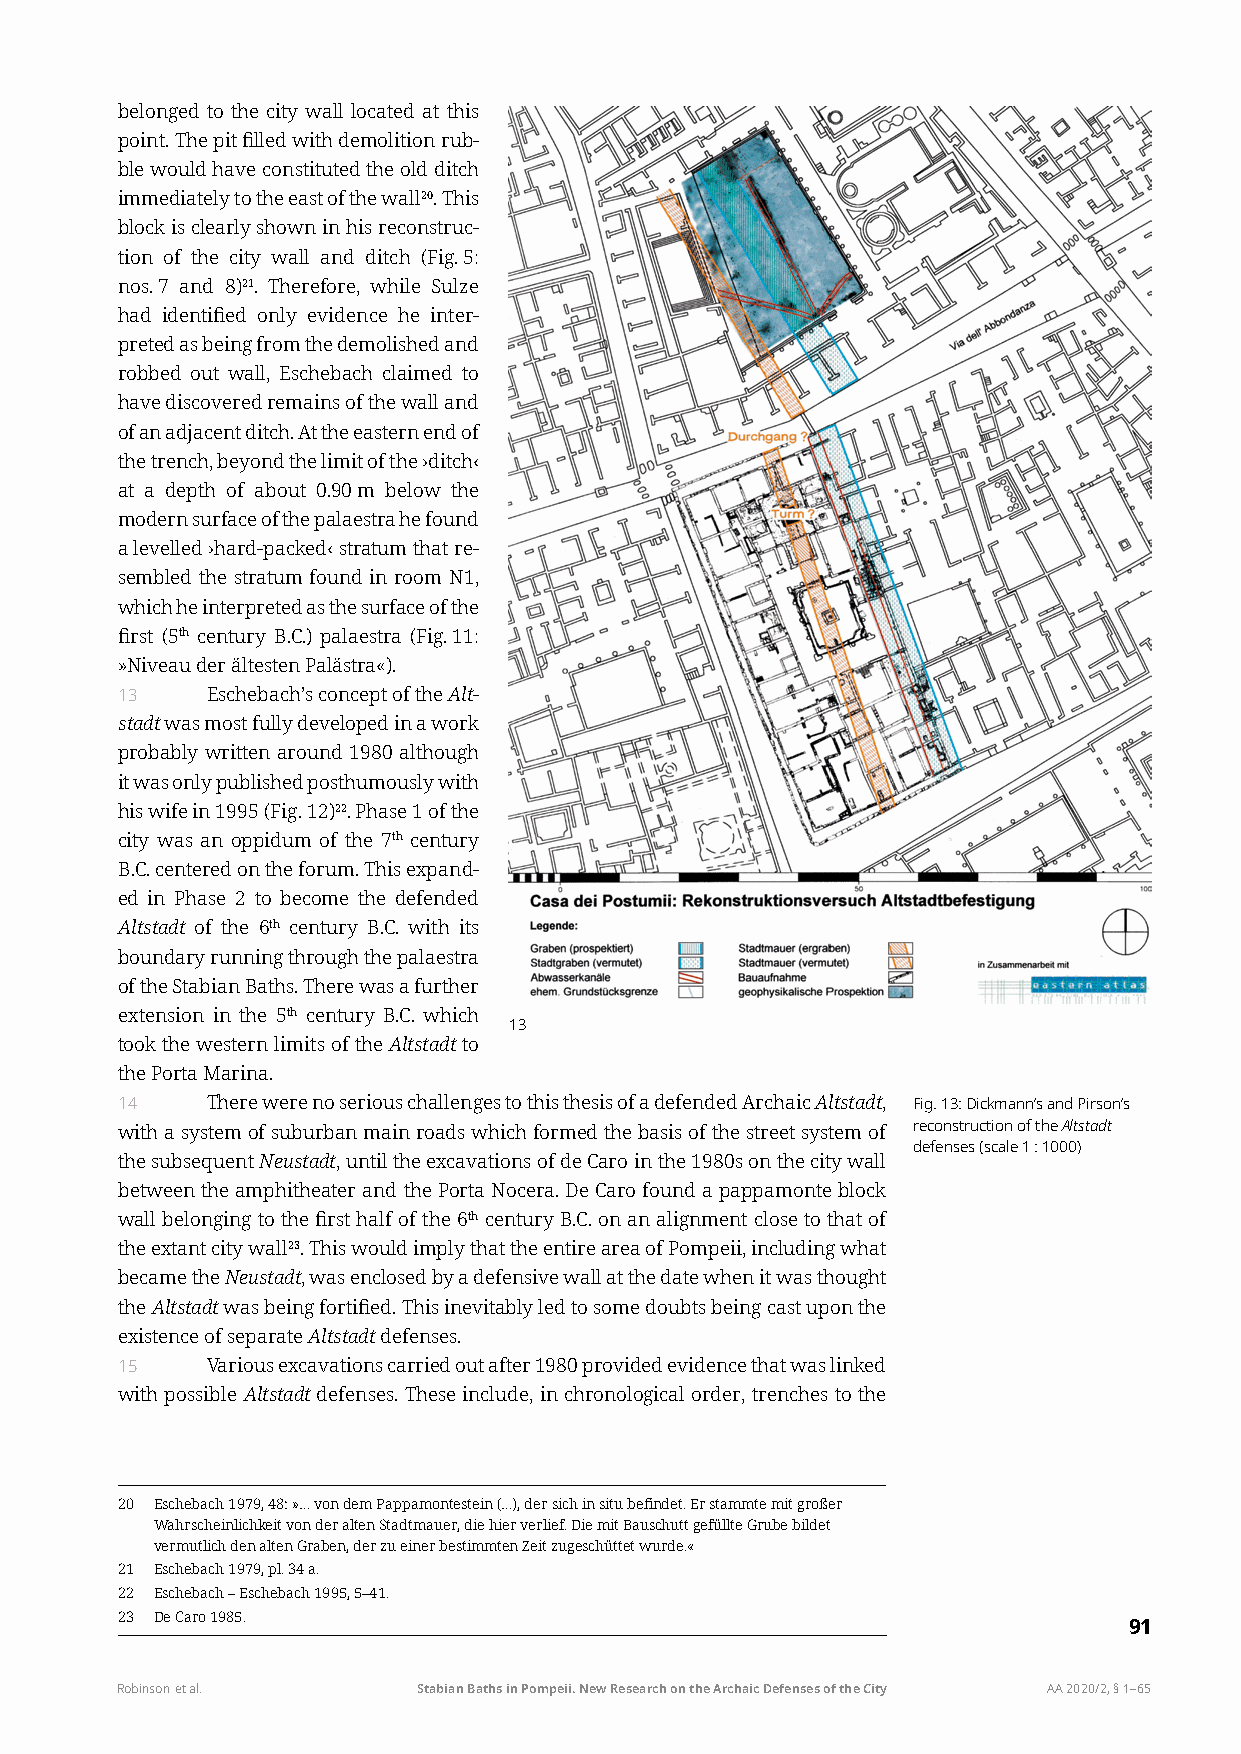
belonged to the city wall located at this
 point. The pit filled with demolition rub-
 ble would have constituted the old ditch
 immediately to the east of the wall20. This
 block is clearly shown in his reconstruc-
 tion of the city wall and ditch (Fig. 5:
 nos. 7 and 8)21. Therefore, while Sulze
 had identified only evidence he inter-
 preted as being from the demolished and
 robbed out wall, Eschebach claimed to
 have discovered remains of the wall and
 of an adjacent ditch. At the eastern end of
 the trench, beyond the limit of the ›ditch‹
 at a depth of about 0.90 m below the
 modern surface of the palaestra he found
 a levelled ›hard-packed‹ stratum that re-
 sembled the stratum found in room N1,
 which he interpreted as the surface of the
 first (5th century B.C.) palaestra (Fig. 11:
 »Niveau der ältesten Palästra«).
 13    Eschebach’s concept of the Alt-
 stadt was most fully developed in a work
 probably written around 1980 although
 it was only published posthumously with
 his wife in 1995 (Fig. 12)22. Phase 1 of the
 city was an oppidum of the 7th century
 B.C. centered on the forum. This expand-
 ed in Phase 2 to become the defended
 Altstadt of the 6th century B.C. with its
 boundary running through the palaestra
 of the Stabian Baths. There was a further
 extension in the 5th century B.C. which
 13
 took the western limits of the Altstadt to
 the Porta Marina.
 14    There were no serious challenges to this thesis of a defended Archaic Altstadt, Fig. 13: Dickmann’s and Pirson’s
 with a system of suburban main roads which formed the basis of the street system of reconstruction of the Altstadt
 defenses (scale 1 : 1000)
 the subsequent Neustadt, until the excavations of de Caro in the 1980s on the city wall
 between the amphitheater and the Porta Nocera. De Caro found a pappamonte block
 wall belonging to the first half of the 6th century B.C. on an alignment close to that of
 the extant city wall23. This would imply that the entire area of Pompeii, including what
 became the Neustadt, was enclosed by a defensive wall at the date when it was thought
 the Altstadt was being fortified. This inevitably led to some doubts being cast upon the
 existence of separate Altstadt defenses.
 15    Various excavations carried out after 1980 provided evidence that was linked
 with possible Altstadt defenses. These include, in chronological order, trenches to the
 20 Eschebach 1979, 48: »… von dem Pappamontestein (…), der sich in situ befindet. Er stammte mit großer
 Wahrscheinlichkeit von der alten Stadtmauer, die hier verlief. Die mit Bauschutt gefüllte Grube bildet
 vermutlich den alten Graben, der zu einer bestimmten Zeit zugeschüttet wurde.«
 21 Eschebach 1979, pl. 34 a.
 22 Eschebach – Eschebach 1995, 5–41.
 23 De Caro 1985.
 91
 Robinson et al.     Stabian Baths in Pompeii. New Research on the Archaic Defenses of the City AA 2020/2, § 1–65